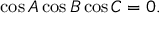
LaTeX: \displaystyle \cos { A } \cos { B } \cos { C } = 0 .